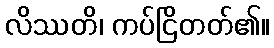
လိဿတိ၊ ကပ်ငြိတတ်၏။